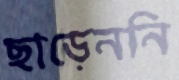
ছাড়েননি